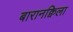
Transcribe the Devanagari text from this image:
बारानक्विला